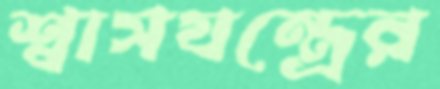
শ্বাসযন্ত্রের